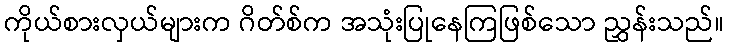
ကိုယ်စားလှယ်များက ဂိတ်စ်က အသုံးပြုနေကြဖြစ်သော ညွှန်းသည်။